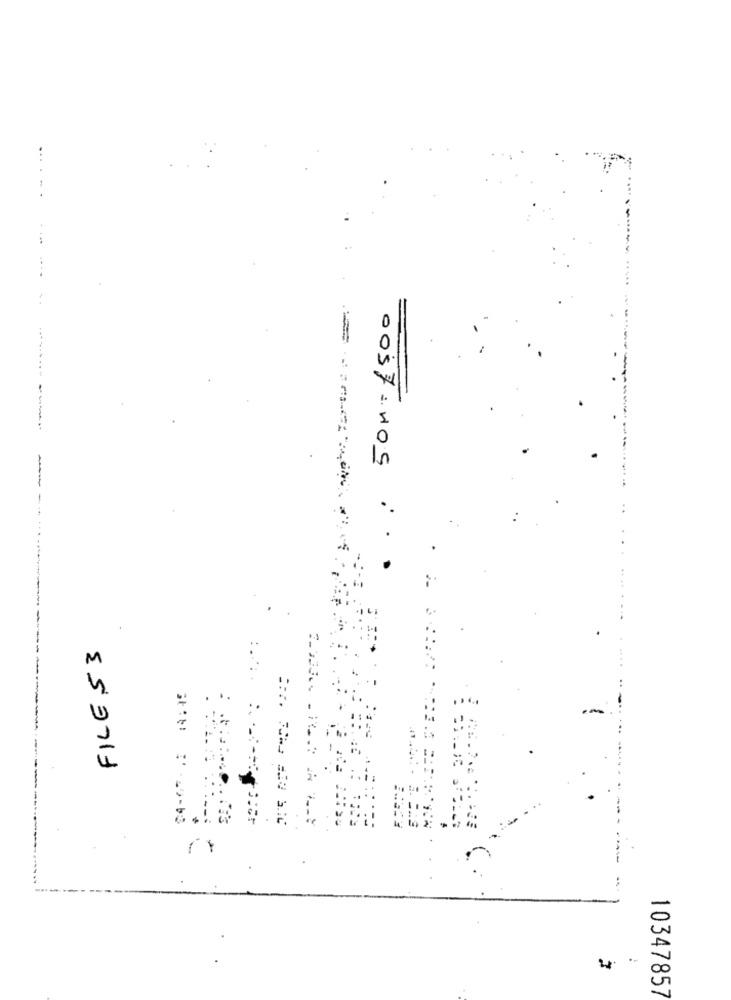
50M= 15,00
---
.
FILES3
10347857